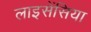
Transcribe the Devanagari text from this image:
लाइसेंसिया